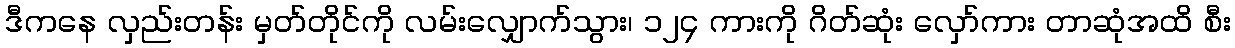
ဒီကနေ လှည်းတန်း မှတ်တိုင်ကို လမ်းလျှောက်သွား၊ ၁၂၄ ကားကို ဂိတ်ဆုံး လှော်ကား တာဆုံအထိ စီး